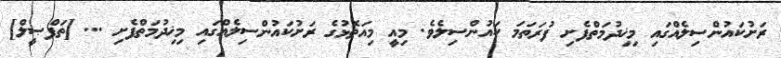
ރަށުކައުންސިލެއްގައި މިޚިދުމަތްފެށި ފުރަތަމަ ކައުންސިލެވެ. މިއީ މިއަތޮޅުގެ ރަށުކައުންސިލެއްގައި މިޚިދުމަތްފެށި ... [ތަފްޞީލް]